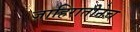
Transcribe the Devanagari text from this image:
जाहिरातीनेच